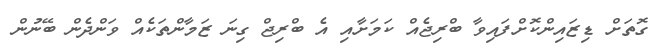
ގޮތަށް ޑިޒައިންކޮށްފައިވާ ބްރިޖެއް ކަމަށާއި އެ ބްރިޖް ގިނަ ޒަމާންތަކެއް ވަންދެން ބޭނުން